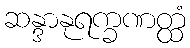
ဆန္ဒာနုရက္ခဏတ္ထံ